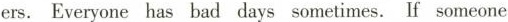
ers.Everyone has bad days sometimes. If someone